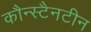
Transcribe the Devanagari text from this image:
कौन्स्टैनटीन